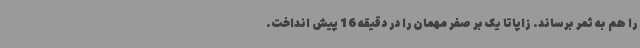
را هم به ثمر برساند. زاپاتا یک بر صفر مهمان را در دقیقه 16 پیش انداخت.